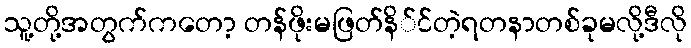
သူ့တို့အတွက်ကတော့ တန်ဖိုးမဖြတ်နိ်င်တဲ့ရတနာတစ်ခုမလို့ဒီလို